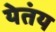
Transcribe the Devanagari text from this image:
येतंय